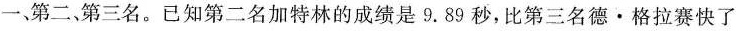
一、第二、第三名。已知第二名加特林的成绩是9.89秒，比第三名德·格拉赛快了